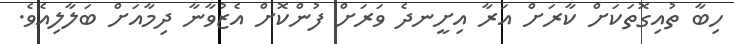
ހިބާ ތުއިގޮތަކަށް ކާރަށް އަރާ އިށީނދެ ވަރަށް ފުންކޮށް އެޒުވާނާ ދިމާއަށް ބަލާލިއެވެ.